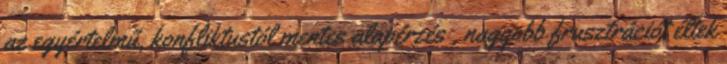
az egyértelmű, konﬂiktustól mentes alapérzés , nagyobb frusztrációt éltek